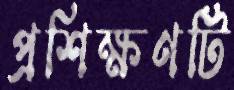
প্রশিক্ষণটি